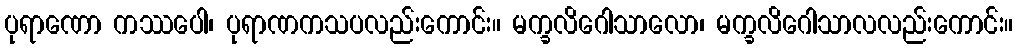
ပုရာဏော ကဿပေါ၊ ပုရာဏကသပလည်းကောင်း။ မက္ခလိဂေါသာလော၊ မက္ခလိဂေါသာလလည်းကောင်း။